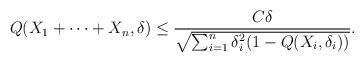
LaTeX: \begin{align*}Q(X_1+\dots + X_n,\delta) \leq \frac{C\delta}{\sqrt{\sum_{i=1}^{n}\delta_i^2(1-Q(X_i,\delta_i))}}.\end{align*}